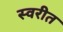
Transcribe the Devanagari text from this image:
स्वरीत